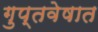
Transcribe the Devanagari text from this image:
गुप्तवेषात